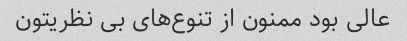
عالی بود ممنون از تنوع‌های بی نظریتون